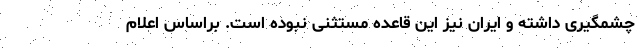
چشمگیری داشته و ایران نیز این قاعده مستثنی نبوده است. براساس اعلام